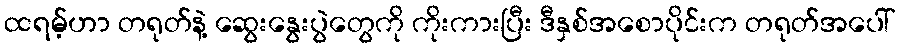
ထရမ့်ဟာ တရုတ်နဲ့ ဆွေးနွေးပွဲတွေကို ကိုးကားပြီး ဒီနှစ်အစောပိုင်းက တရုတ်အပေါ်